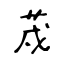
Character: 荗